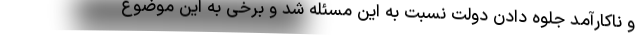
و ناکارآمد جلوه دادن دولت نسبت به این مسئله شد و برخی به این موضوع